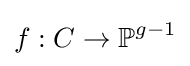
f:C\to \mathbb {P} ^{g-1}